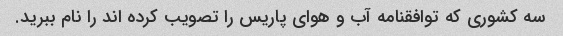
سه کشوری که توافقنامه آب و هوای پاریس را تصویب کرده اند را نام ببرید.